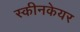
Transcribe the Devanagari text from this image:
स्कीनकेयर